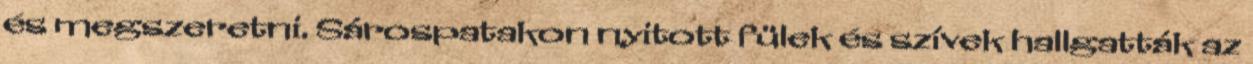
és megszeretni. Sárospatakon nyitott fülek és szívek hallgatták az